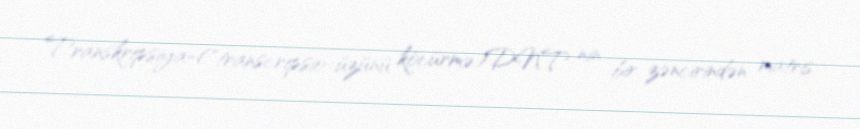
Transkripsiya-("transcripsio-üzünü köcürmə)DNT nin bir zəncirindən matris